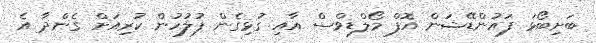
ބަށިބޯޅަ ފައުންޑޭޝަން އޮފް މޯލްޑިވްސް އާއި ގުޅިގެން ފުލުހުން ކުރިއަށް ގެންދާ އެ